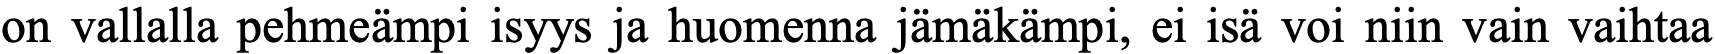
on vallalla pehmeämpi isyys ja huomenna jämäkämpi, ei isä voi niin vain vaihtaa